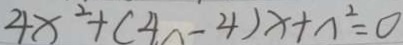
4 x ^ { 2 } + ( 4 n - 4 ) x + n ^ { 2 } = 0